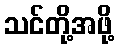
သင်တို့အဖို့